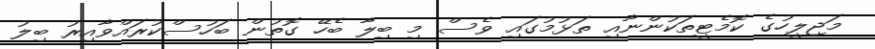
މަޖިލީހުގެ ކޮމެޓީތަކުންނާއި ތަޅުމުގައި ވެސް މި ބިލާ ބެހޭ ގޮތުން ބަހުސްކުރައްވާއިރު ބިލު